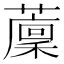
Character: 𦾰